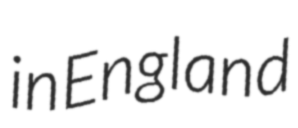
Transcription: in England